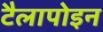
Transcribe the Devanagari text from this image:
टैलापोइन